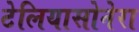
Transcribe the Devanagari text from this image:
टेलियासोनेरा